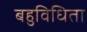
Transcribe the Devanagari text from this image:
बहुविधिता